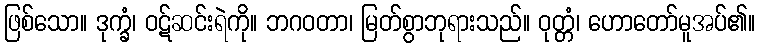
ဖြစ်သော။ ဒုက္ခံ၊ ဝဋ်ဆင်းရဲကို။ ဘဂဝတာ၊ မြတ်စွာဘုရားသည်။ ဝုတ္တံ၊ ဟောတော်မူအပ်၏။